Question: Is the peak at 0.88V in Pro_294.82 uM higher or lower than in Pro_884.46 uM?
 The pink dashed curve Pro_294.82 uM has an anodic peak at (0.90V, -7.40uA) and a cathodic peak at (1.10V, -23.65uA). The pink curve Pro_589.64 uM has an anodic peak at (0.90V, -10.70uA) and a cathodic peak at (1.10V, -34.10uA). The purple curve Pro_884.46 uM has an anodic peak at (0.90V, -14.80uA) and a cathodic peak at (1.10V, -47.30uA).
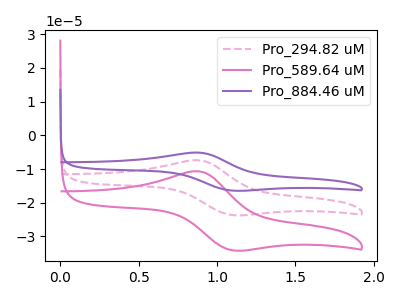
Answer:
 <answer>The peak at 0.88V is higher in "Pro_294.82 uM" than in "Pro_884.46 uM".</answer>
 <eval>higher</eval>